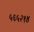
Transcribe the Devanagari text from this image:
५६५२१४